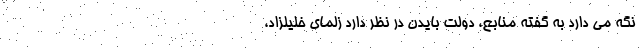
نگه می دارد به گفته منابع، دولت بایدن در نظر دارد زلمای خلیلزاد،